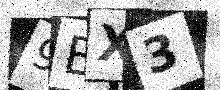
Text: 9EX3